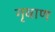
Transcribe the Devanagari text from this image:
गृवाण